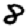
Digit: 8